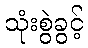
သုံးစွဲခွင့်